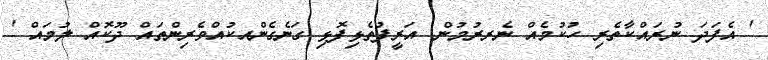
' އެފަދަ ނުރައްކާތެރި ހުކުމެއް ނެރރުމުން' އަރީފުތެޅިފޮޅި ގަނެގެންއކުއްވެރިންތައް ދޫކޮއް ލުމައް '